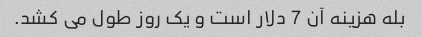
بله هزینه آن 7 دلار است و یک روز طول می کشد.